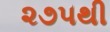
૨૭૫થી